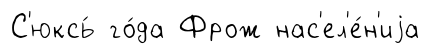
С'юксь́ го́да Фрож нас'ел'е́н'иjа